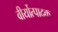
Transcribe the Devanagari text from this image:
वीर्योत्पादक